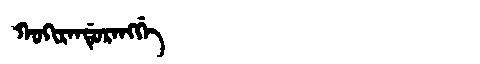
Manchu: ᡴᠣᡴᡳᡵᠠᠨᡩᡠᡵᠠᠩᡤᡝ
Romanization: KOKIRANDURANGGE